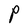
Character: P